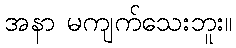
အနာ မကျက်သေးဘူး။